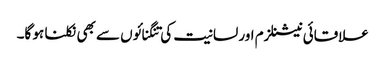
علاقائی نیشنلزم اور لسانیت کی تنگنائوں سے بھی نکلنا ہو گا۔